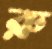
রু